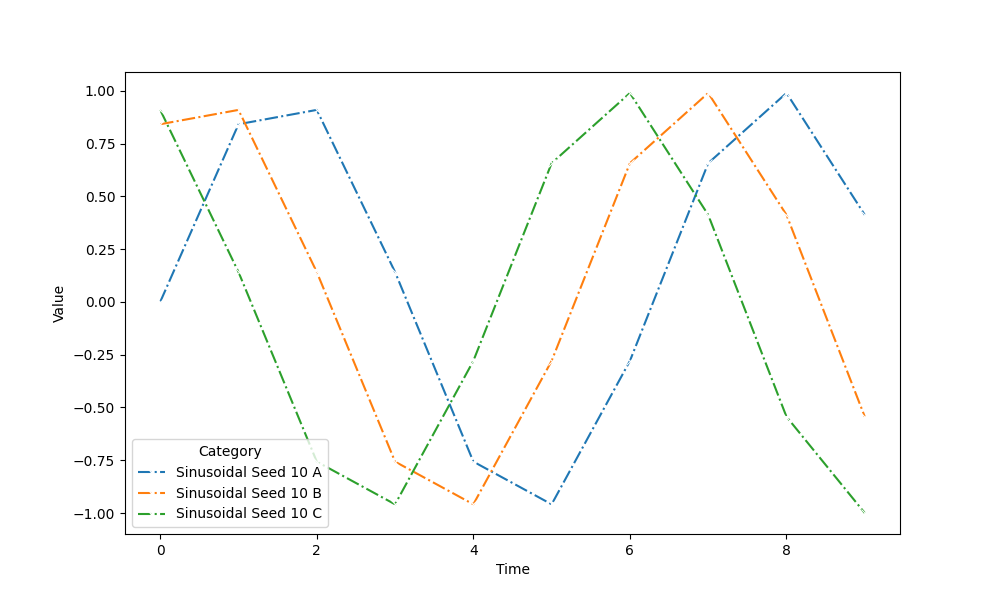
python, seaborn, lineplot, style='dashdot', marker='x'